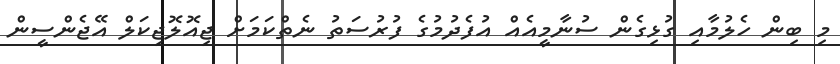
މި ބިން ހެލުމާއި ގުޅިގެން ސުނާމީއެއް އުފެދުމުގެ ފުރުސަތު ނެތްކަމަށް ޖިއޮލޮޖިކަލް އޭޖެންސީން